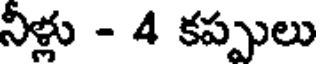
నీళ్లు - 4 కప్పులు